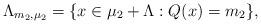
LaTeX: \begin{align*}\Lambda_{m_2,\mu_2} = \{x\in {\mu_2}+\Lambda : Q(x)=m_2\},\end{align*}